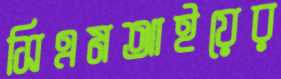
সিএমআইয়ের